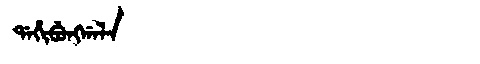
Manchu: ᡩᠠᡥᡳᠪᡠᠩᡤᠠᠯᠠ
Romanization: DAHIBUNGGALA